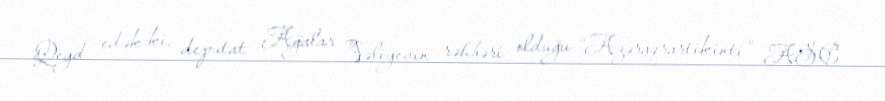
Qeyd edək ki, deputat Ağalar Vəliyevin rəhbəri olduğu “Azəraqrartikinti” ASC